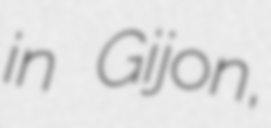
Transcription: in Gijon,